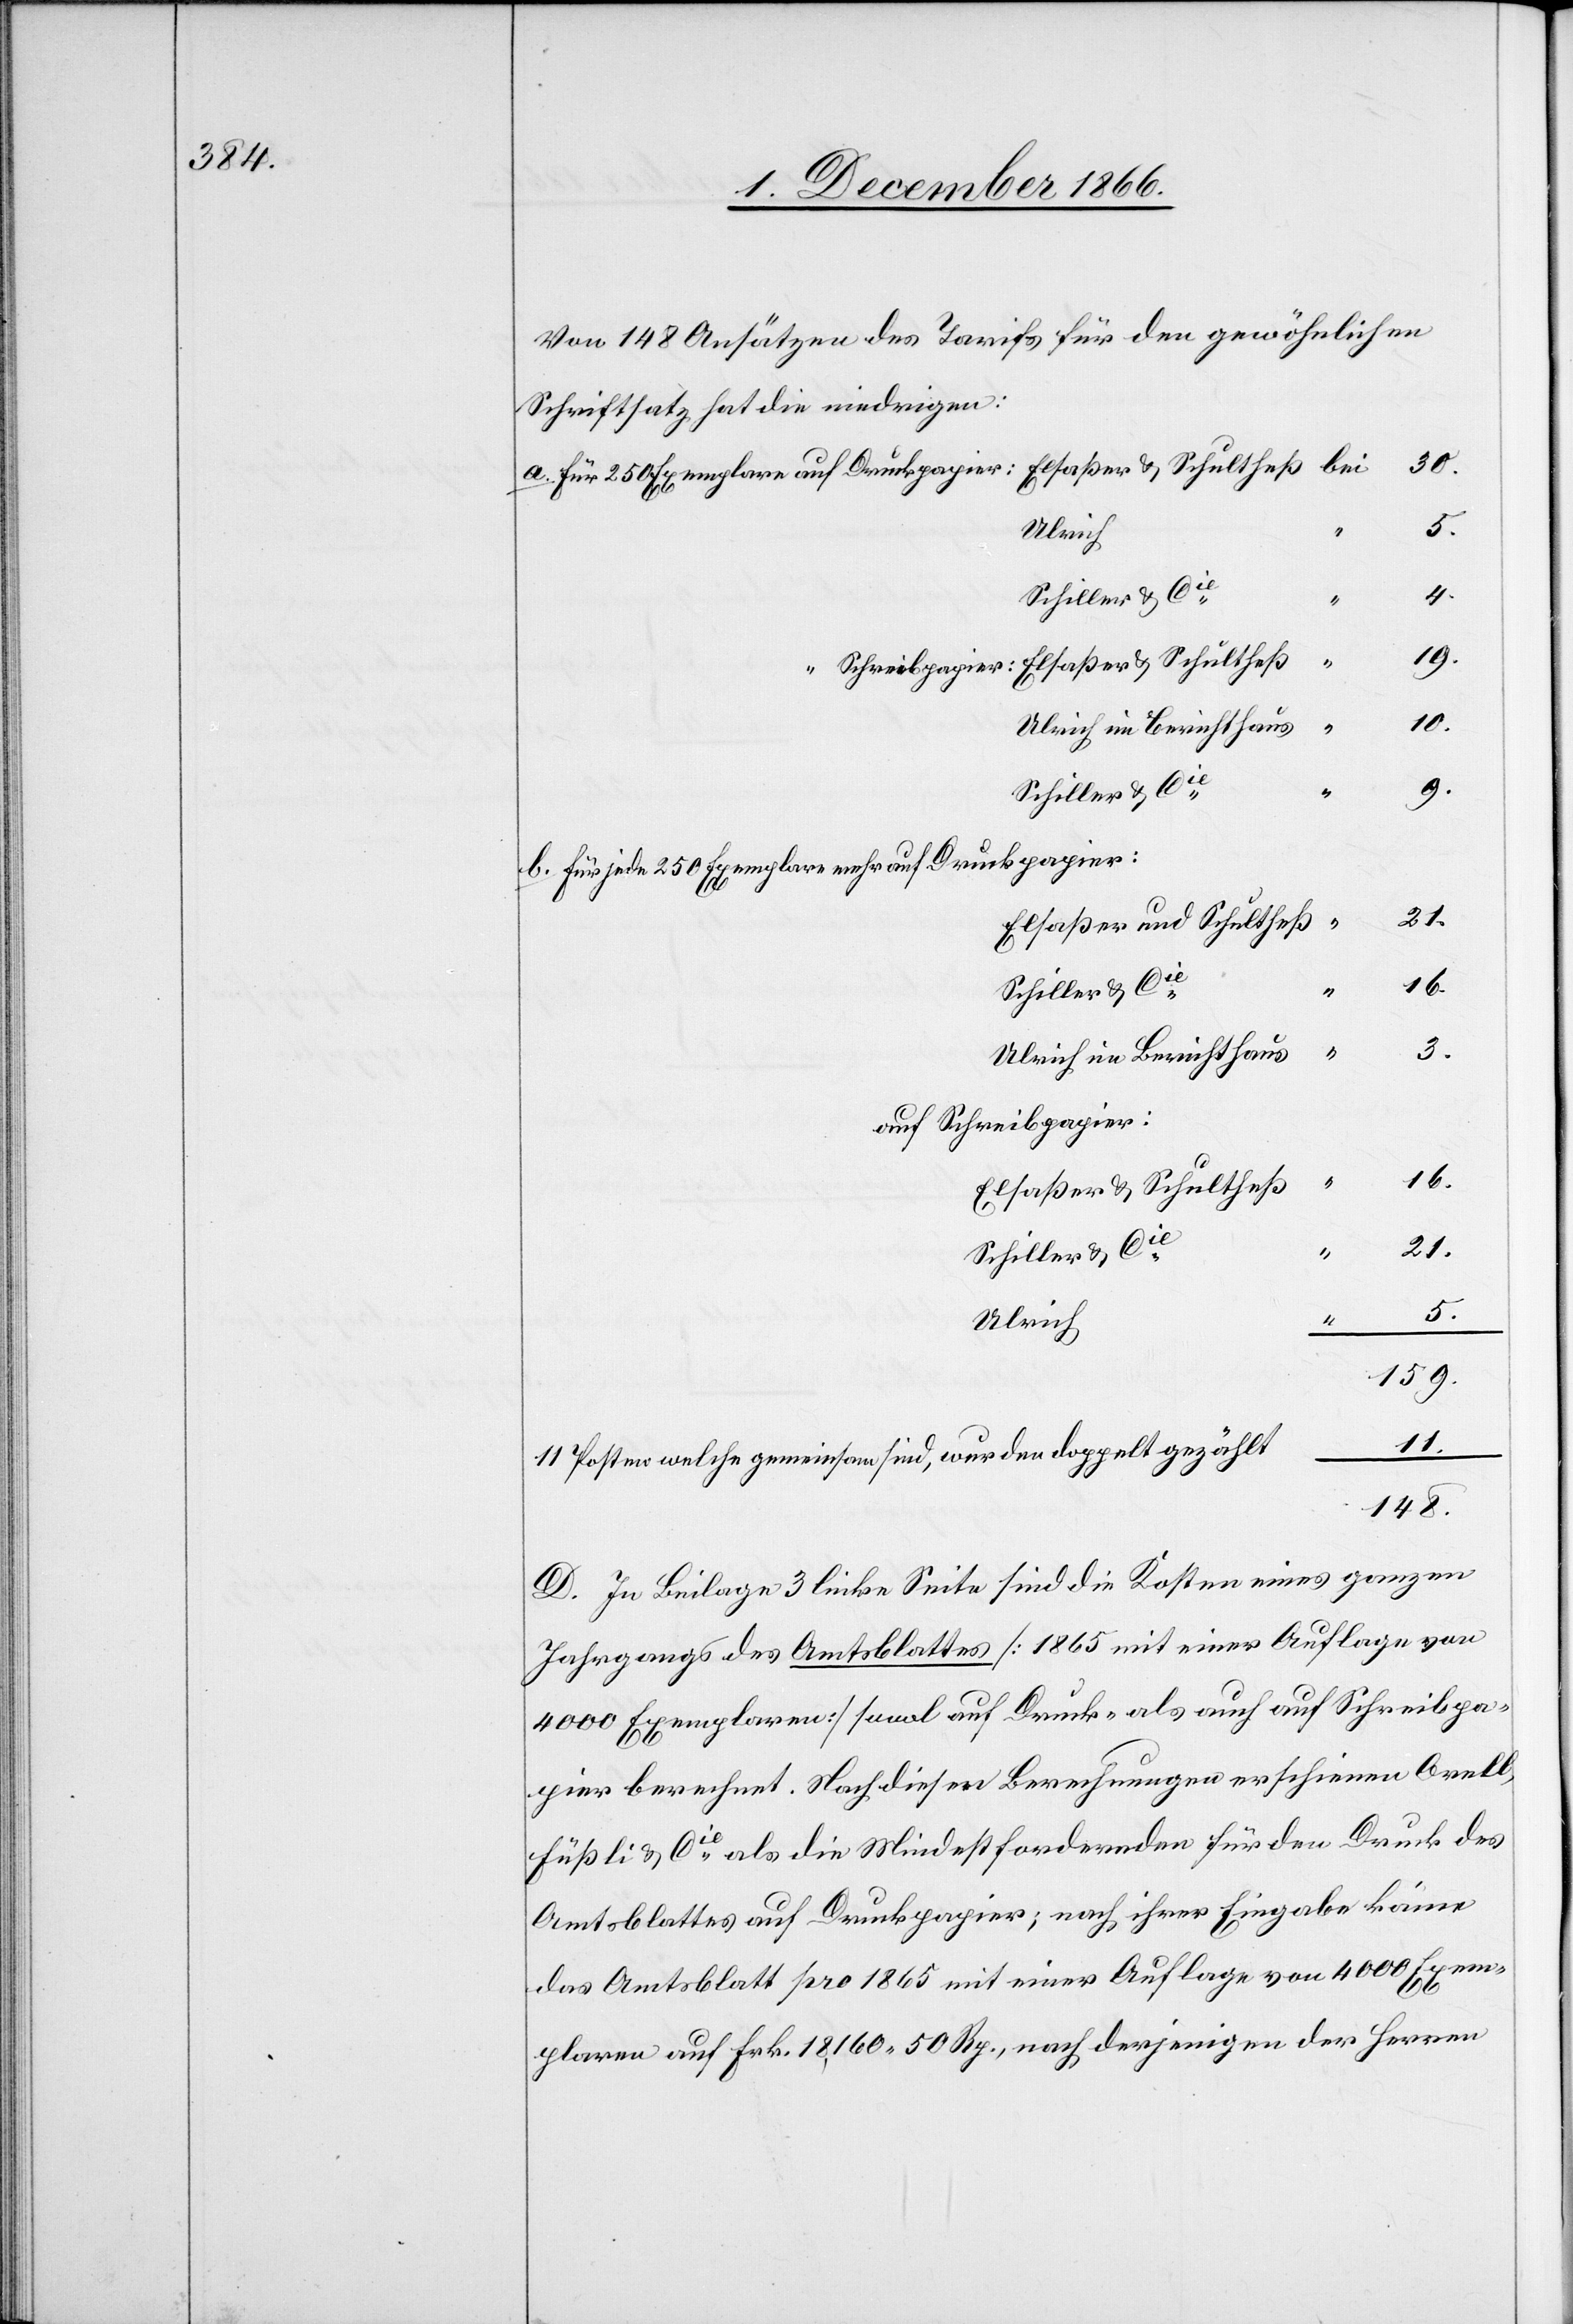
Von 148 Ansätzen des Tarifs für den gewöhnlichen
Schriftsatz hat die niedrigen:
30.
Schiller & Cie.
4.
19.
10.
Schiller & Cie.
9.
für jede 250 Exemplare mehr auf Druckpapier:
Elsaßer und Schultheß
16.
Schiller & Cie.
3.
Ulrich im Berichthaus
auf Schreibpapier
16.
Elsaßer & Schultheß
21.
Schiller & Cie.
“
5.
Ulrich
159.
11.
11 Posten welche gemeinsam sind, wurden doppelt gezählt
148.
D. In Beilage 3 linke Seite sind die Kosten eines ganzen
Jahrgangs des Amtsblattes [1865 mit einer Auflage von
4000 Exemplaren] sowol auf Druck- als auch auf Schreibpa¬
pier berechnet. Nach diesen Berechnungen erschienen Orell,
Füßli & Cie. als die Mindestfordernden für den Druck des
Amtsblattes auf Druckpapier; nach ihrer Eingabe käme
das Amtsblatt pro 1865 mit einer Auflage von 4000 Exem¬
plaren auf Frk. 18 160.50 Rp., nach derjenigen der Herren